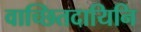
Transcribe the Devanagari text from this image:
वाच्छितदायिनि